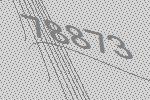
78873